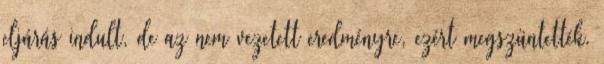
eljárás indult, de az nem vezetett eredményre, ezért megszüntették.